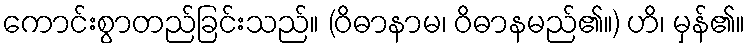
ကောင်းစွာတည်ခြင်းသည်။ (ဝိဓာနာမ၊ ဝိဓာနမည်၏။) ဟိ၊ မှန်၏။